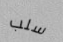
سلب